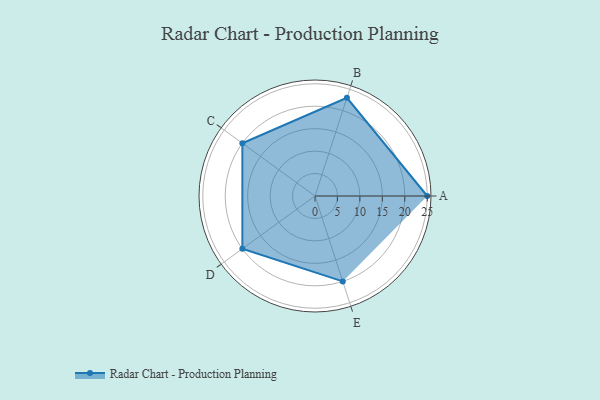
{"axis": {"x": "Skill", "y": "Score"}, "legend": ["Profile"], "data": [{"x": "A", "y": 25.0, "type": "Profile"}, {"x": "B", "y": 23.0, "type": "Profile"}, {"x": "C", "y": 20.0, "type": "Profile"}, {"x": "D", "y": 20, "type": "Profile"}, {"x": "E", "y": 20, "type": "Profile"}]}